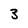
Character: 3